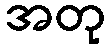
အတု